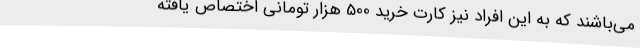
می‌باشند که به این افراد نیز کارت خرید 500 هزار تومانی اختصاص یافته